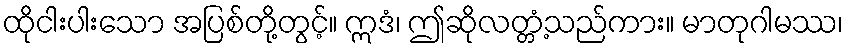
ထိုငါးပါးသော အပြစ်တို့တွင့်။ ဣဒံ၊ ဤဆိုလတ္တံ့သည်ကား။ မာတုဂါမဿ၊